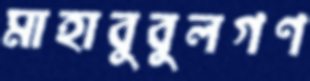
মাহাবুবুলগণ